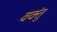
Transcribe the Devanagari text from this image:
वक्तुं